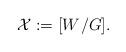
LaTeX: \begin{align*}\mathcal{X}:=[W^{}/G].\end{align*}